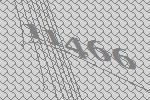
11466